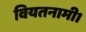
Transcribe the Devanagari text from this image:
वियतनामी।